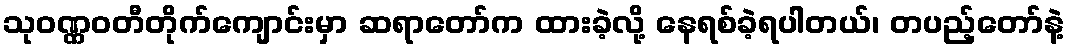
သုဝဏ္ဏဝတီတိုက်ကျောင်းမှာ ဆရာတော်က ထားခဲ့လို့ နေရစ်ခဲ့ရပါတယ်၊ တပည့်တော်နဲ့